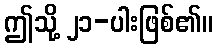
ဤသို့ ၂၁-ပါးဖြစ်၏။